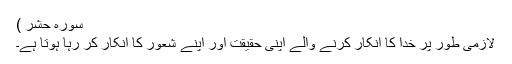
سورہ حشر )
لازمی طور پر خدا کا انکار کرنے والے اپنی حقیقت اور اپنے شعور کا انکار کر رہا ہوتا ہے۔